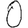
Digit: 0